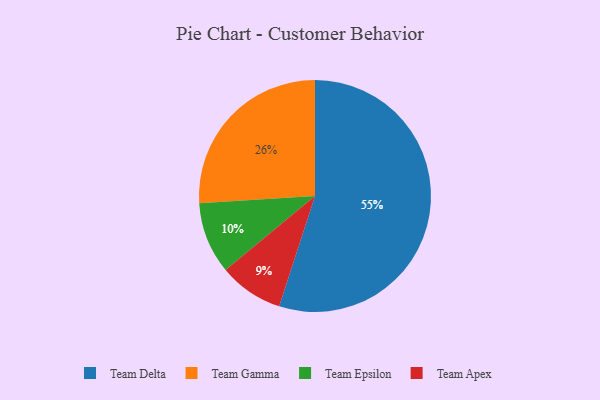
{"axis": {"x": "Category", "y": "Percentage"}, "legend": ["Team Apex", "Team Delta", "Team Epsilon", "Team Gamma"], "data": [{"x": "Team Apex", "y": 9, "type": "Team Apex"}, {"x": "Team Gamma", "y": 26, "type": "Team Gamma"}, {"x": "Team Delta", "y": 55, "type": "Team Delta"}, {"x": "Team Epsilon", "y": 10, "type": "Team Epsilon"}]}